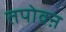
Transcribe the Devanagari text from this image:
तपोवऩ